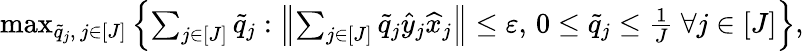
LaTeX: \begin{array}{r}{\operatorname*{max}_{\tilde{q}_{j},\, j\in[J]}\left\{ \sum_{j\in[J]}\tilde{q}_{j}:\left\| \sum_{j\in[J]}\tilde{q}_{j}\widehat{y}_{j}\widehat{x}_{j}\right\| \leq\varepsilon,\, 0\leq\tilde{q}_{j}\leq\frac{1}{J}~\forall j\in[J]\right\} ,}\end{array}